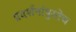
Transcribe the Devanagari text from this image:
प्रदर्शनांपुरतेच